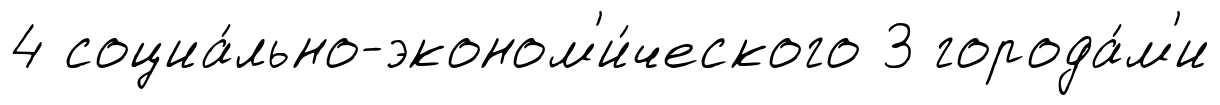
4 социа́льно-эконом'и́ческого 3 города́м'и